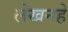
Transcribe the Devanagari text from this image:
लेखनहे